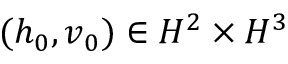
( h _ { 0 } , v _ { 0 } ) \in H ^ { 2 } \times H ^ { 3 }